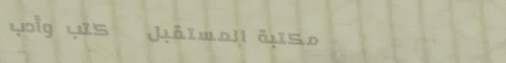
مكتبة المستقبل   كتب وأدب